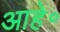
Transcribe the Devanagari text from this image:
आहे॰